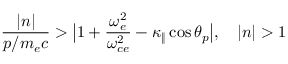
\frac { | n | } { p / m _ { e } c } > \big | 1 + \frac { \omega _ { e } ^ { 2 } } { \omega _ { c e } ^ { 2 } } - \kappa _ { \| } \cos \theta _ { p } \big | , \quad | n | > 1